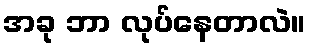
အခု ဘာ လုပ်နေတာလဲ။